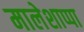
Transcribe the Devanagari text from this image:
मालेशाप्पा